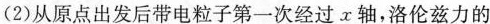
(2)从原点出发后带电粒子第一次经过τ轴，洛伦兹力的